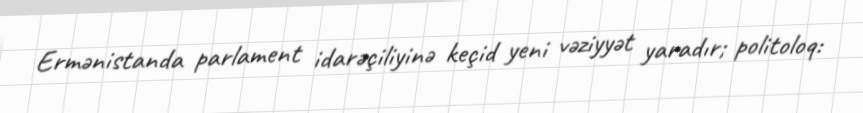
Ermənistanda parlament idarəçiliyinə keçid yeni vəziyyət yaradır; politoloq: